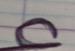
Signature authenticity: forged